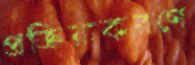
প্রক্রিয়াকরণে